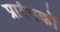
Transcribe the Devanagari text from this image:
प्रारंभकों